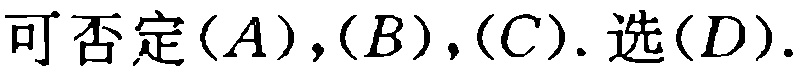
可否定\((A),(B),(C).\)选\((D).\)